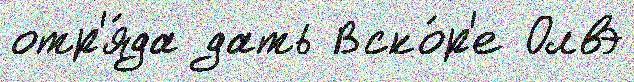
отр'я́да дать Вско́р'е Олвэ